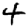
Digit: 4